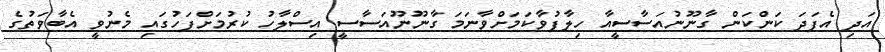
އަދި އެފަދަ ކަންކަން ގާނޫނުއަސާސީއާ ހިލާފުވާކަމަށްވާނަމަ ގާނޫނޫއަސާސީ އިސްލާހު ކުރުމަށްފަހުގައި މެނުވީ އެބާވަތުގެ